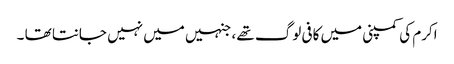
اکرم کی کمپنی میں کافی لوگ تھے ، جنہیں میں نہیں جانتا تھا ۔